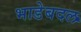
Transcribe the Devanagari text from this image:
भाडेबदल